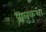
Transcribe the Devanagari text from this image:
पालुकुथा